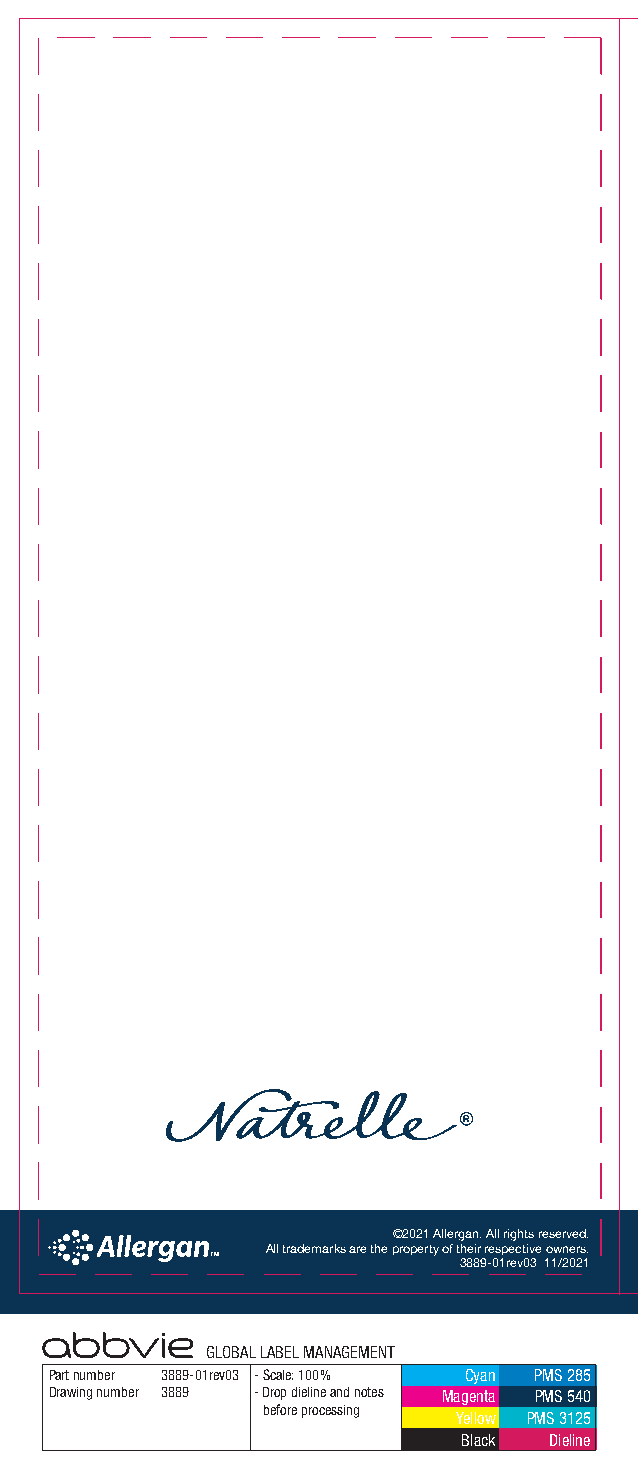
©2021 Allergan. All rights reserved.
 All trademarks are the property of their respective owners.
 3889-01rev03 11/2021
 GLOBAL LABEL MANAGEMENT
 Part number 3889-01rev03 - Scale: 100% Cyan PMS 285
 Drawing number 3889 - Drop dieline and notes Magenta PMS 540
 before processing
 Yellow PMS 3125
 Black Dieline